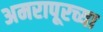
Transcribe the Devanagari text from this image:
अमरापूरच्या